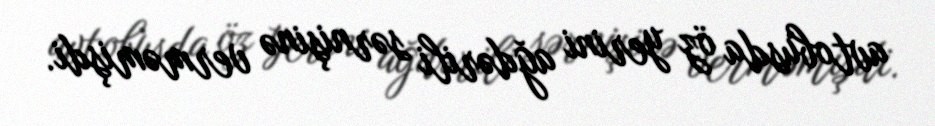
avtobusda öz yerini ağdərili sərnişinə verməmişdi.